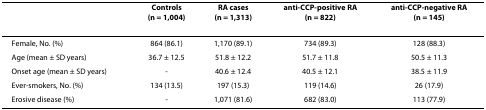
|  | Controls(n = 1,004) | RA cases(n = 1,313) | anti-CCP-positive RA(n = 822) | anti-CCP-negative RA(n = 145) |
 | --- | --- | --- | --- | --- |
 | Female, No. (%) | 864 (86.1) | 1,170 (89.1) | 734 (89.3) | 128 (88.3) |
 | Age (mean ± SD years) | 36.7 ± 12.5 | 51.8 ± 12.2 | 51.7 ± 11.8 | 50.5 ± 11.3 |
 | Onset age (mean ± SD years) | - | 40.6 ± 12.4 | 40.5 ± 12.1 | 38.5 ± 11.9 |
 | Ever-smokers, No. (%) | 134 (13.5) | 197 (15.3) | 119 (14.6) | 26 (17.9) |
 | Erosive disease (%) | - | 1,071 (81.6) | 682 (83.0) | 113 (77.9) |